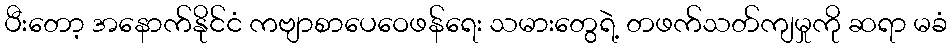
ပီးတော့ အနောက်နိုင်ငံ ကဗျာစာပေဝေဖန်ရေး သမားတွေရဲ့ တဖက်သတ်ကျမှုကို ဆရာ မခံ